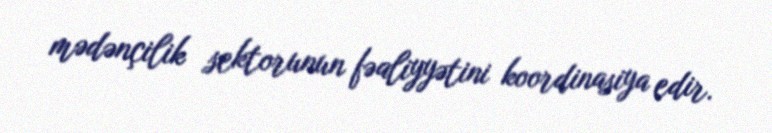
mədənçilik sektorunun fəaliyyətini koordinasiya edir.